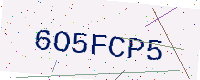
Text: 6O5FCP5